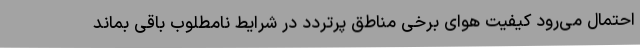
احتمال می‌رود کیفیت هوای برخی مناطق پرتردد در شرایط نامطلوب باقی بماند